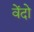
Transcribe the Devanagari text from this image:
वेंदो